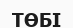
ТӨБІ